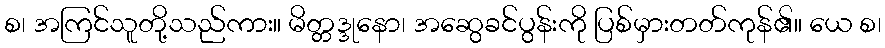
စ၊ အကြင်သူတို့သည်ကား။ မိတ္တဒ္ဒုနော၊ အဆွေခင်ပွန်းကို ပြစ်မှားတတ်ကုန်၏။ ယေ စ၊